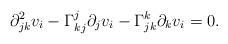
LaTeX: \begin{align*} \partial^2_{jk}v_i-\Gamma_{kj}^j\partial_jv_i-\Gamma_{jk}^k\partial_kv_i=0.\end{align*}